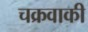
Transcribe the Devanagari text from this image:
चक्रवाकी